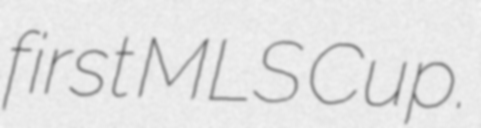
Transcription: first MLS Cup.